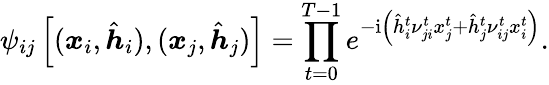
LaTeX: \psi_{ij}\left[(\boldsymbol{x}_{i},\hat{\boldsymbol{h}}_{i}),(\boldsymbol{x}_{j},\hat{\boldsymbol{h}}_{j})\right]=\prod_{t=0}^{T-1}e^{-\mathrm{i}\left(\hat{h}_{i}^{t}\nu_{ji}^{t}x_{j}^{t}+\hat{h}_{j}^{t}\nu_{ij}^{t}x_{i}^{t}\right)}.